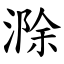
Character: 滁